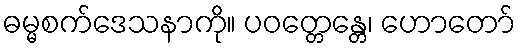
ဓမ္မစက်ဒေသနာကို။ ပဝတ္တေန္တေ၊ ဟောတော်